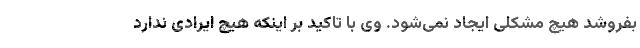
بفروشد هیچ مشکلی ایجاد نمی‌شود. وی با تاکید بر اینکه هیچ ایرادی ندارد